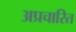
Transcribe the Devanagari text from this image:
अप्रचारित